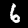
Digit: 6